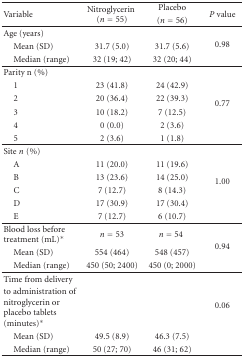
| Variable | Nitroglycerin(n = 55) | Placebo (n = 56) | P value |
 | --- | --- | --- | --- |
 | Age (years) |  |  | <ROWSPAN=3> 0.98 |
 | Mean (SD) | 31.7 (5.0) | 31.7 (5.6) |
 | Median (range) | 32 (19; 42) | 32 (20; 44) |
 | Parity n (%) |  |  | <ROWSPAN=6> 0.77 |
 | 1 | 23 (41.8) | 24 (42.9) |
 | 2 | 20 (36.4) | 22 (39.3) |
 | 3 | 10 (18.2) | 7 (12.5) |
 | 4 | 0 (0.0) | 2 (3.6) |
 | 5 | 2 (3.6) | 1 (1.8) |
 | Site n(%) |  |  | <ROWSPAN=6> 1.00 |
 | A | 11 (20.0) | 11 (19.6) |
 | B | 13 (23.6) | 14 (25.0) |
 | C | 7 (12.7) | 8 (14.3) |
 | D | 17 (30.9) | 17 (30.4) |
 | E | 7 (12.7) | 6 (10.7) |
 | Blood loss before treatment (mL)* | n = 53 | n = 54 | <ROWSPAN=3> 0.94 |
 | Mean (SD) | 554 (464) | 548 (457) |
 | Median (range) | 450 (50; 2400) | 450 (0; 2000) |
 | <ROWSPAN=2> Time from delivery to administration of nitroglycerin or placebo tablets (minutes)* |  |  | <ROWSPAN=4> 0.06 |
 | Mean (SD) | 49.5 (8.9) | 46.3 (7.5) |
 | Median (range) | 50 (27; 70) | 46 (31; 62) |